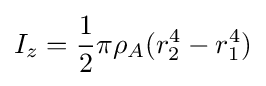
I_{z}={\frac {1}{2}}\pi \rho _{A}(r_{2}^{4}-r_{1}^{4})